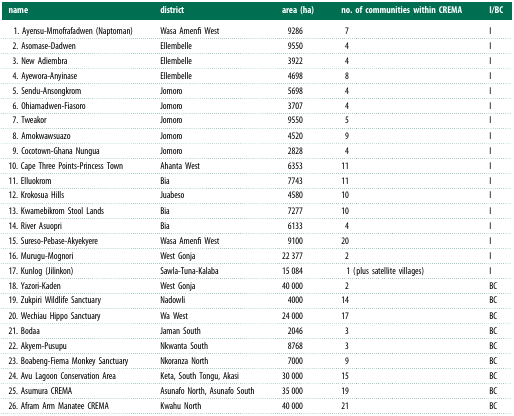
<table><thead><tr><td><b>name</b></td><td><b>district</b></td><td><b>area (ha)</b></td><td><b>no. of communities within CREMA</b></td><td><b>I/BC</b></td></tr></thead><tbody><tr><td> 1. Ayensu-Mmofrafadwen (Naptoman)</td><td>Wasa Amenfi West</td><td>9286</td><td>7</td><td>I</td></tr><tr><td> 2. Asomase-Dadwen</td><td>Ellembelle</td><td>9550</td><td>4</td><td>I</td></tr><tr><td> 3. New Adiembra</td><td>Ellembelle</td><td>3922</td><td>4</td><td>I</td></tr><tr><td> 4. Ayewora-Anyinase</td><td>Ellembelle</td><td>4698</td><td>8</td><td>I</td></tr><tr><td> 5. Sendu-Ansongkrom</td><td>Jomoro</td><td>5698</td><td>4</td><td>I</td></tr><tr><td> 6. Ohiamadwen-Fiasoro</td><td>Jomoro</td><td>3707</td><td>4</td><td>I</td></tr><tr><td> 7. Tweakor</td><td>Jomoro</td><td>9550</td><td>5</td><td>I</td></tr><tr><td> 8. Amokwawsuazo</td><td>Jomoro</td><td>4520</td><td>9</td><td>I</td></tr><tr><td> 9. Cocotown-Ghana Nungua</td><td>Jomoro</td><td>2828</td><td>4</td><td>I</td></tr><tr><td>10. Cape Three Points-Princess Town</td><td>Ahanta West</td><td>6353</td><td>11</td><td>I</td></tr><tr><td>11. Elluokrom</td><td>Bia</td><td>7743</td><td>11</td><td>I</td></tr><tr><td>12. Krokosua Hills</td><td>Juabeso</td><td>4580</td><td>10</td><td>I</td></tr><tr><td>13. Kwamebikrom Stool Lands</td><td>Bia</td><td>7277</td><td>10</td><td>I</td></tr><tr><td>14. River Asuopri</td><td>Bia</td><td>6133</td><td>4</td><td>I</td></tr><tr><td>15. Sureso-Pebase-Akyekyere</td><td>Wasa Amenfi West</td><td>9100</td><td>20</td><td>I</td></tr><tr><td>16. Murugu-Mognori</td><td>West Gonja</td><td>22 377</td><td>2</td><td>I</td></tr><tr><td>17. Kunlog (Jilinkon)</td><td>Sawla-Tuna-Kalaba</td><td>15 084</td><td>1 (plus satellite villages)</td><td>I</td></tr><tr><td>18. Yazori-Kaden</td><td>West Gonja</td><td>40 000</td><td>2</td><td>BC</td></tr><tr><td>19. Zukpiri Wildlife Sanctuary</td><td>Nadowli</td><td>4000</td><td>14</td><td>BC</td></tr><tr><td>20. Wechiau Hippo Sanctuary</td><td>Wa West</td><td>24 000</td><td>17</td><td>BC</td></tr><tr><td>21. Bodaa</td><td>Jaman South</td><td>2046</td><td>3</td><td>BC</td></tr><tr><td>22. Akyem-Pusupu</td><td>Nkwanta South</td><td>8768</td><td>3</td><td>BC</td></tr><tr><td>23. Boabeng-Fiema Monkey Sanctuary</td><td>Nkoranza North</td><td>7000</td><td>9</td><td>BC</td></tr><tr><td>24. Avu Lagoon Conservation Area</td><td>Keta, South Tongu, Akasi</td><td>30 000</td><td>15</td><td>BC</td></tr><tr><td>25. Asumura CREMA</td><td>Asunafo North, Asunafo South</td><td>35 000</td><td>19</td><td>BC</td></tr><tr><td>26. Afram Arm Manatee CREMA</td><td>Kwahu North</td><td>40 000</td><td>21</td><td>BC</td></tr></tbody></table>